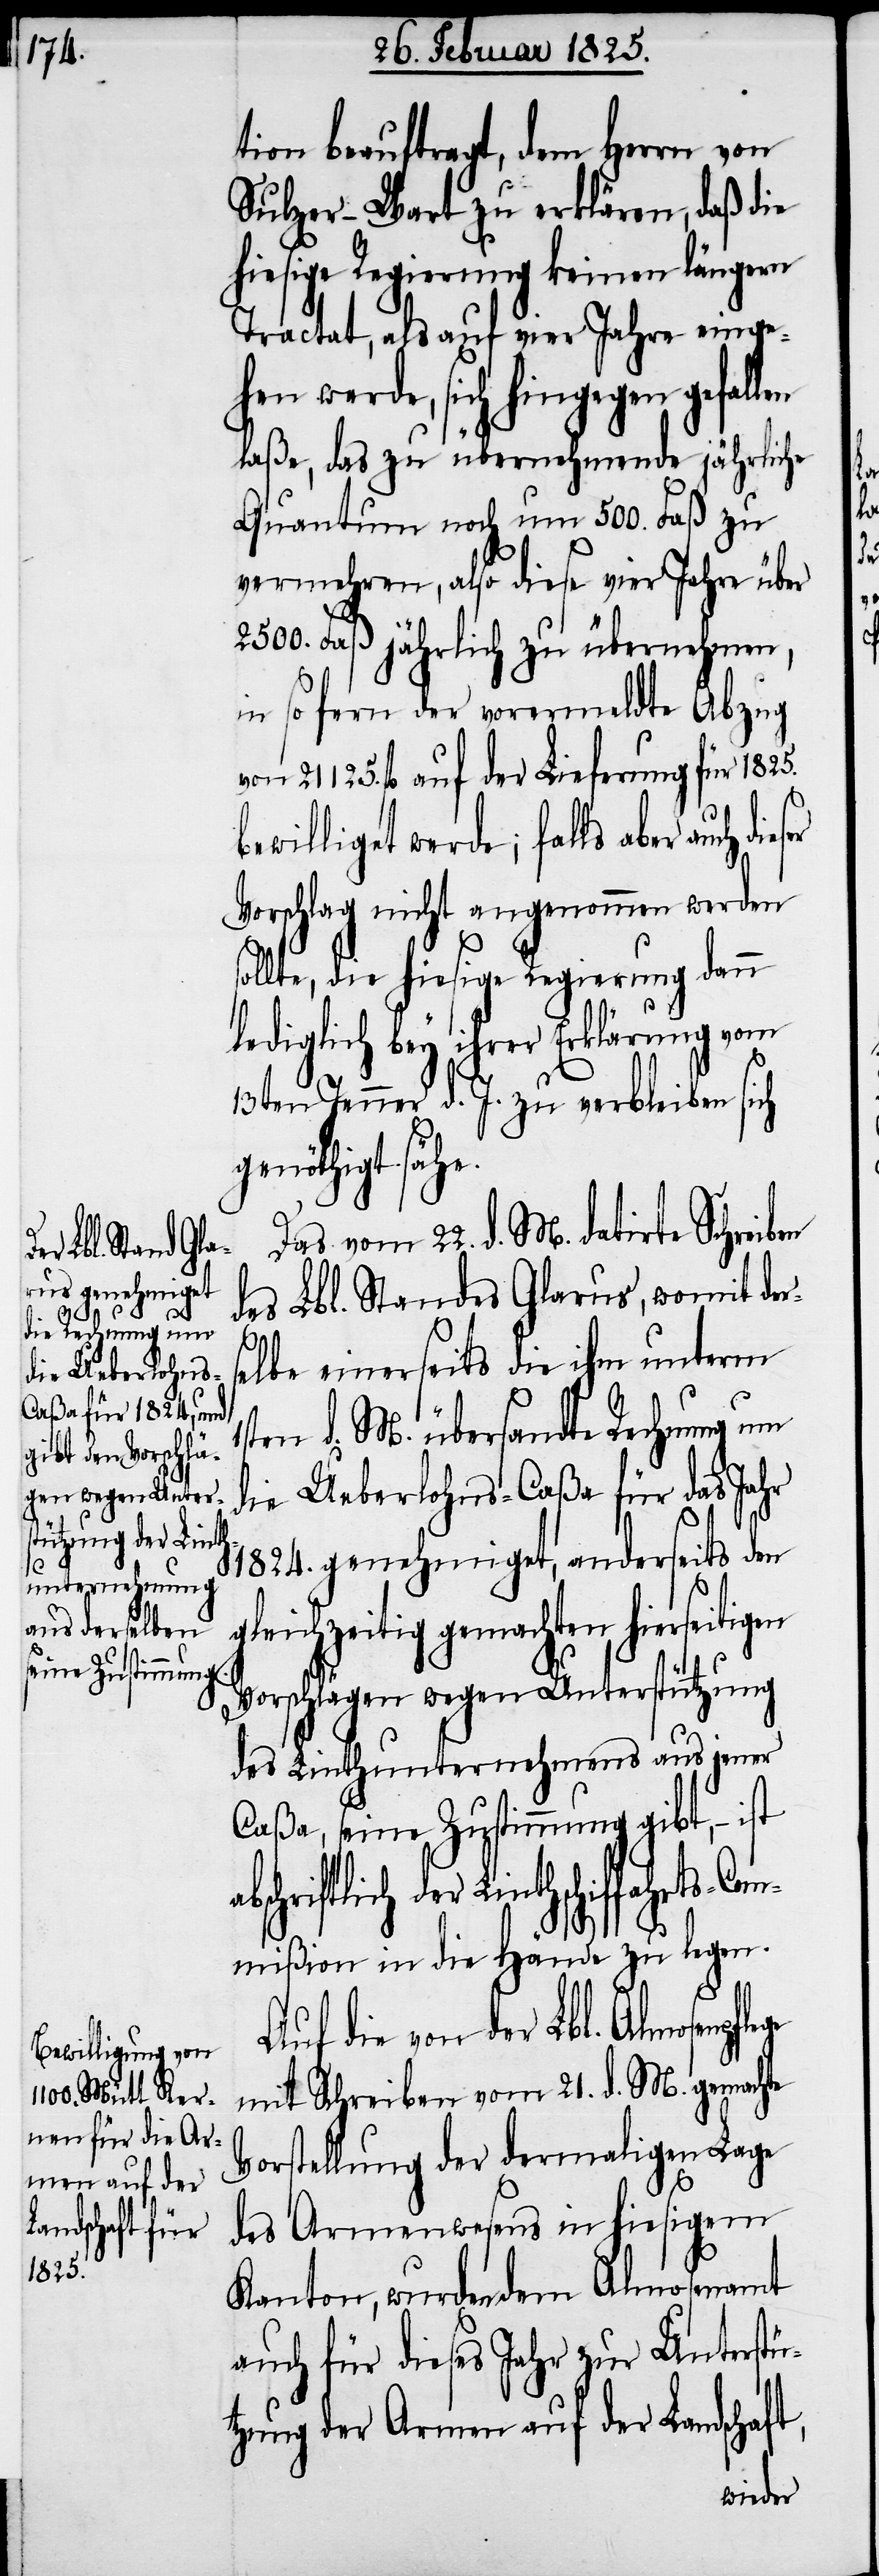
tion beauftragt, dem Herrn von
Sulzer-Wart zu erklären, daß die
hiesige Regierung keinen längern
Tractat, als auf vier Jahre einge¬
hen werde, sich hingegen gefal¬
laße, das zu übernehmende jährliche
Quantum noch um 500. Faß zu
vermehren, also diese vier Jahre über
2500. Faß jährlich zu übernehmen,
in so fern der vorermeldte Abzug
von 21125. fl auf der Lieferung für 1825.
williget werde; falls aber auch
Vorschlag nicht angenommen werden
sollte, die hiesige Regierung dann
bey ihrer Erklärung vom
13ten Jenner d. J. zu verbleiben sich
genöthigt sähe.
Das vom 22. d. M. datirte Schre¬
des Lbl. Standes Glarus, womit der¬
ft,
selbe einerseits die ihm unterm
1sten d. M. übersandte Rechnung um
die Ueberlohns-Caßa für das Jahr
1824. genehmiget, anderseits den
gemachten hierseitigen
Vorschlägen wegen Unterstützung
des Linthunternehmens aus jener
Caßa, seine Zustimmung gibt, − ist
der Linthschiffahrts-Co¬
mmißion in die Hände zu legen.
Auf die von der Lbl. Almosenpfl¬
mit Schreiben vom 21. d. M. gemachte
tellung der dermaligen Lage
Vor¬
des Armenwesens in hiesigem
Kanton, wurden dem Almosenamt
auch für dieses Jahr zur Unterstü¬
tzung der Armen auf der Landscha¬
iben